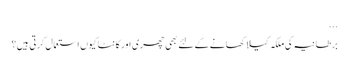
...
برطانیہ کی ملکہ کیلا کھانے کے لئے بھی چھری اور کانٹا کیوں استعمال کرتی ہیں؟